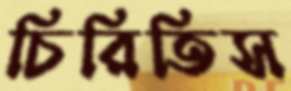
চিরিতিস